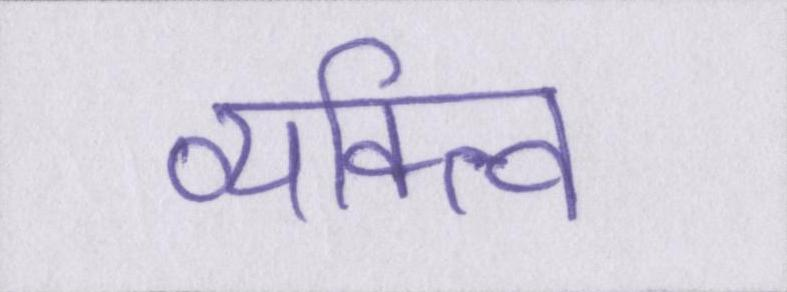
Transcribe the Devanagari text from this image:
व्यक्त्वि